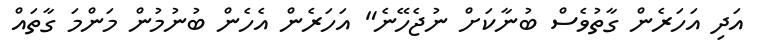
އަދި އަހަރެން ގާތުވެސް ބުނާކަށް ނުޖެހޭނެ" އަހަރެން އެހެން ބުނުމުން މަންމަ ގާތައް